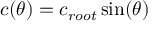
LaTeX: c ( \theta ) = c _ { r o o t } \sin ( \theta )